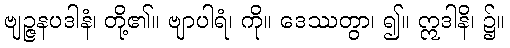
ဗျဉ္ဇနပဒါနံ၊ တို့၏။ ဗျာပါရံ၊ ကို။ ဒေဿတွာ၊ ၍။ ဣဒါနိ၊ ၌။